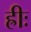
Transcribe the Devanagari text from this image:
ह्रीः